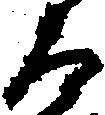
る